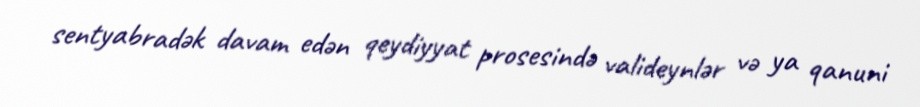
sentyabradək davam edən qeydiyyat prosesində valideynlər və ya qanuni